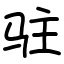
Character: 驻